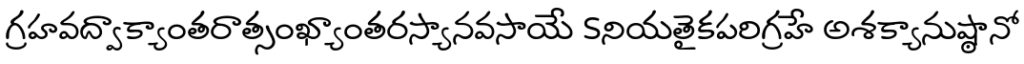
గ్రహవద్వాక్యాంతరాత్సంఖ్యాంతరస్యానవసాయే Sనియతైకపరిగ్రహే అశక్యానుష్ఠానో